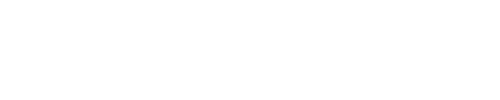
\fbox { \displaystyle \lim _ { \hbar \to 0 } \mathrm { s y m b } \left( \Omega ^ { p } A \right) = \bigwedge _ { \mathrm { M S } } ^ { p } ( { \cal M } _ { 2 N } ) }